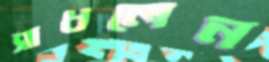
সাধলেন